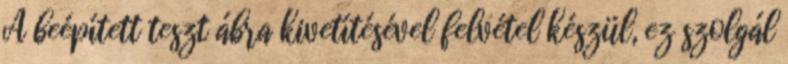
A beépített teszt ábra kivetítésével felvétel készül, ez szolgál